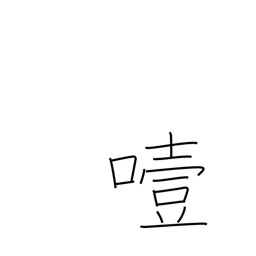
Meaning: choke